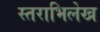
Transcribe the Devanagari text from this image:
स्तराभिलेख